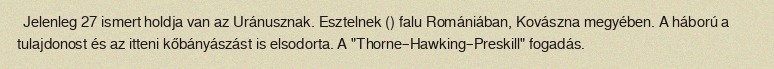
Jelenleg 27 ismert holdja van az Uránusznak. Esztelnek () falu Romániában, Kovászna megyében. A háború a tulajdonost és az itteni kőbányászást is elsodorta. A "Thorne–Hawking–Preskill" fogadás.